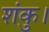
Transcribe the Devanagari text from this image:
शंकु।